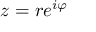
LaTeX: z = r e ^ { i \varphi }